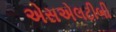
એસએલટીબી